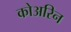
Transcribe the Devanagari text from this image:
कोअरिन